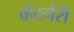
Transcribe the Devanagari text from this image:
व्हेटर्नरी